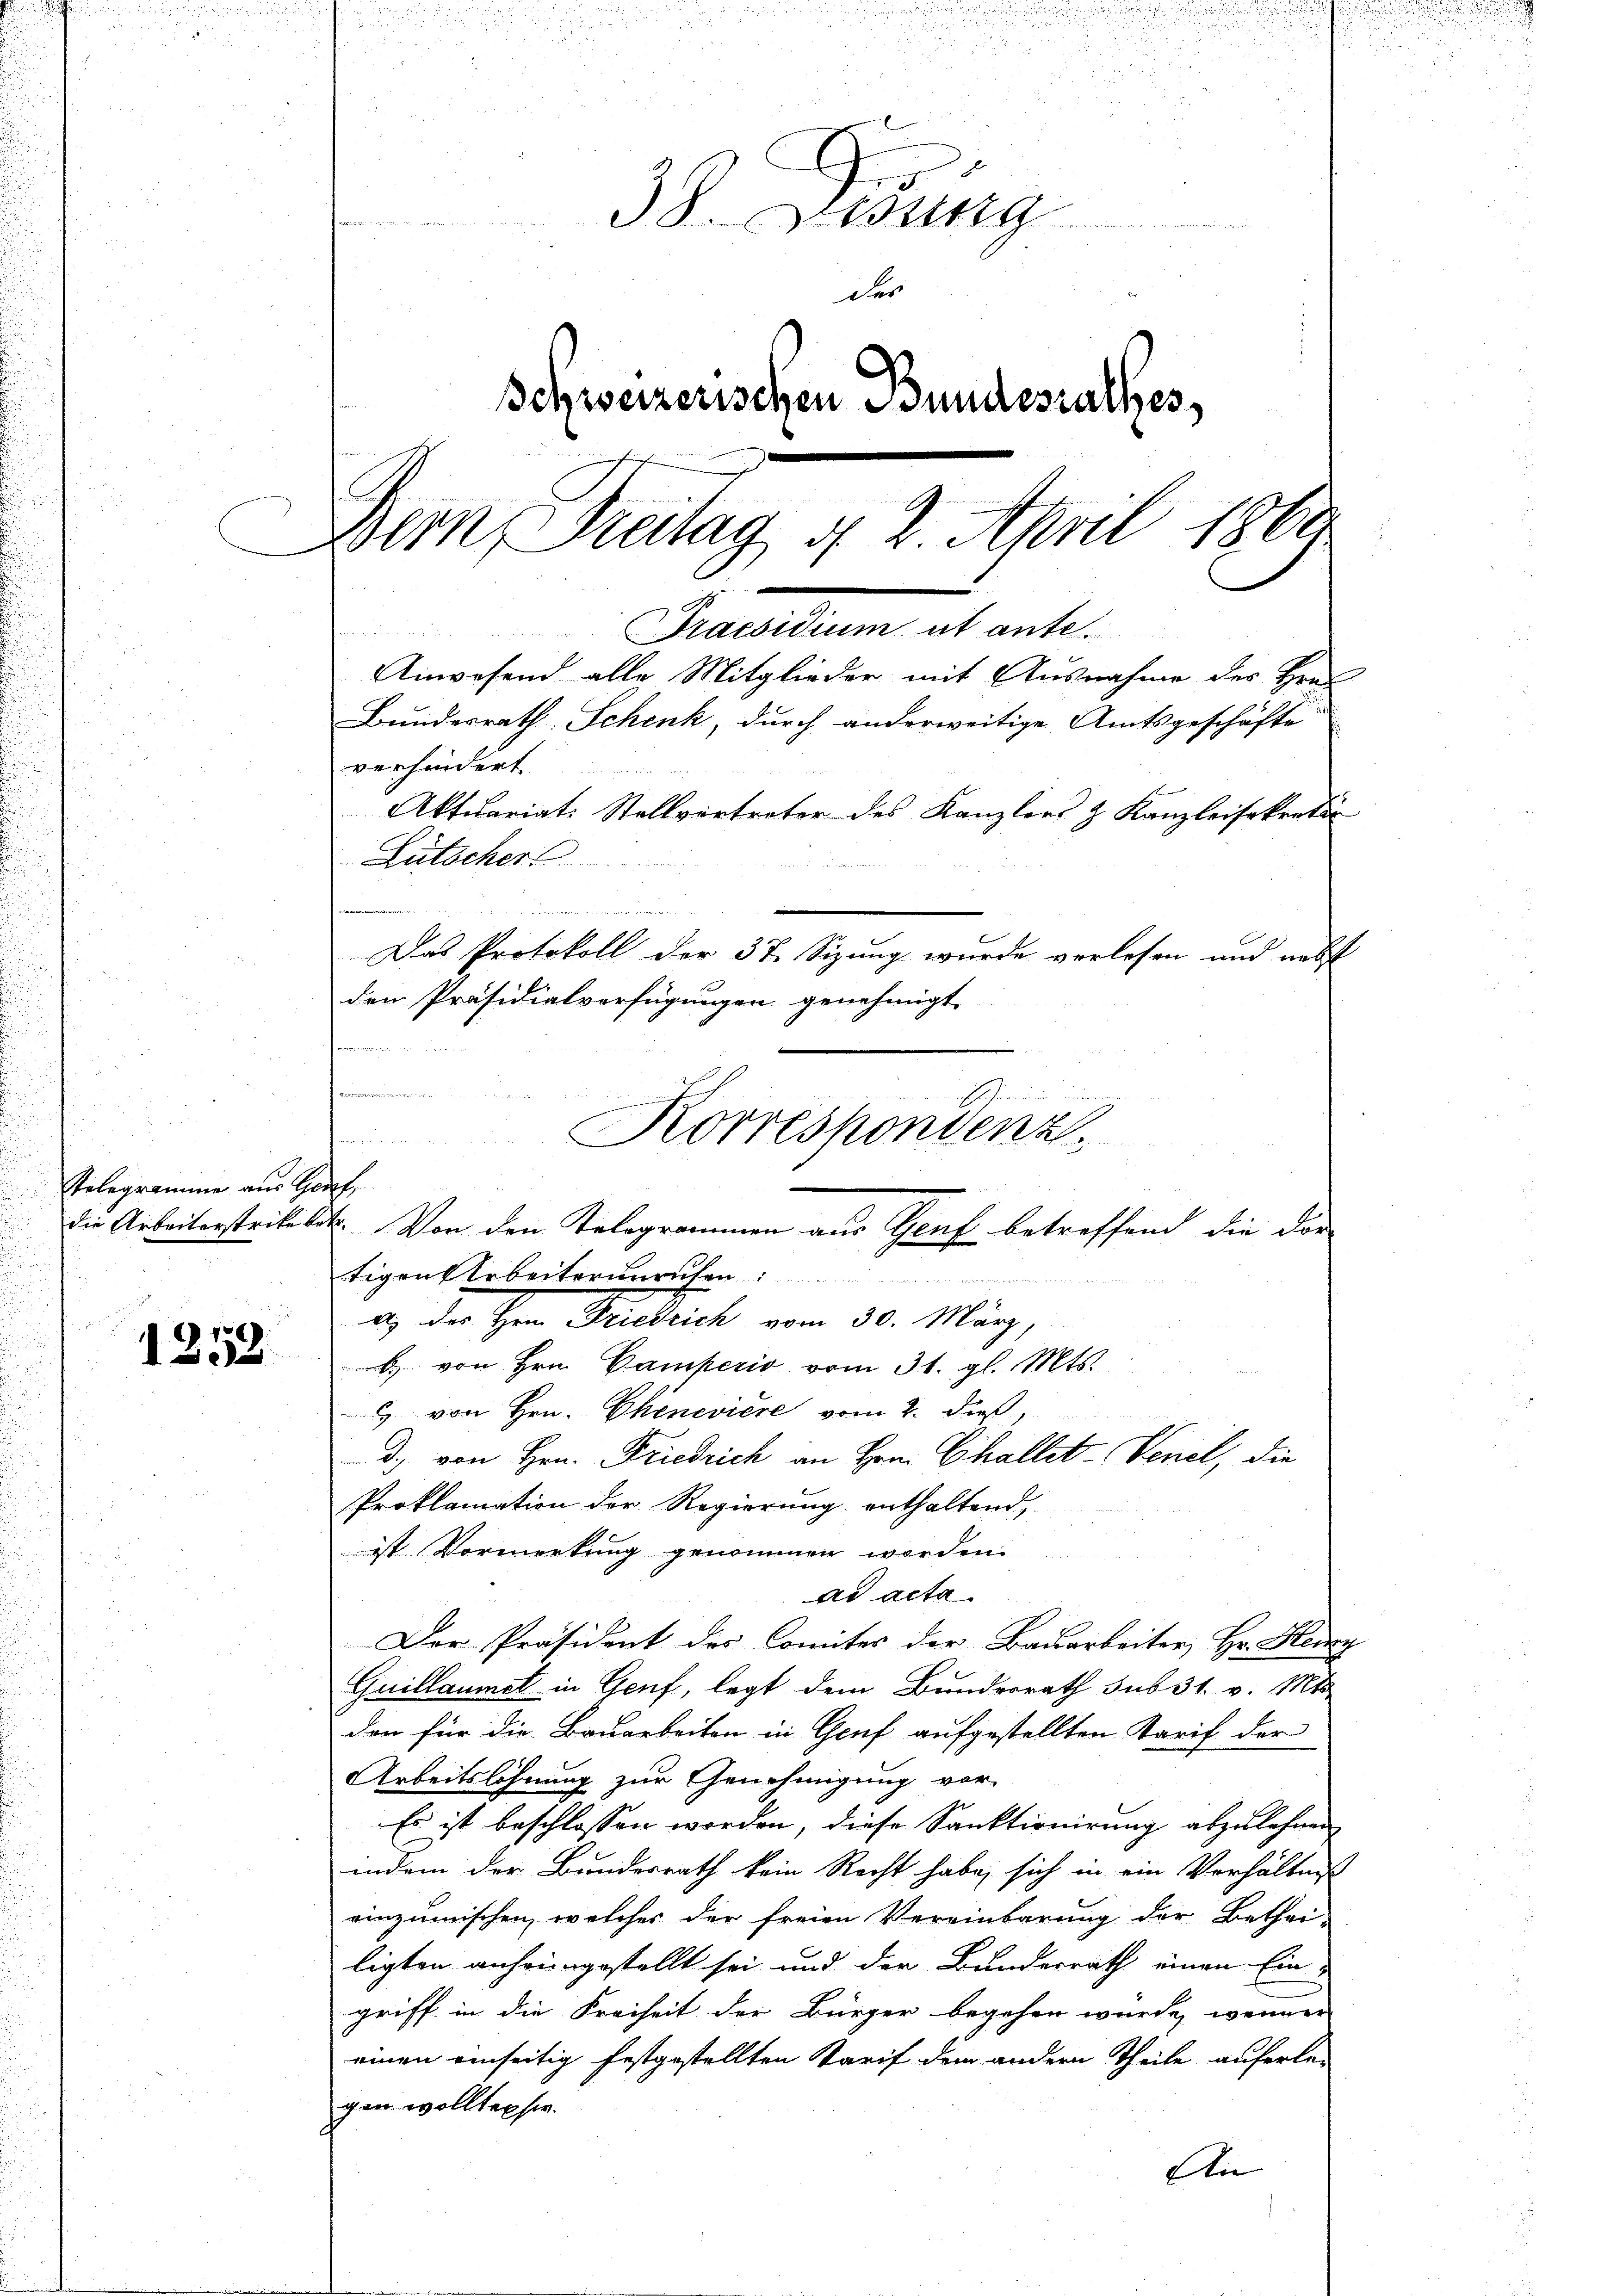
Telegramme aus Groch

1252

38. Sedung
der
Schweizerischen Bundesrathes,
Bern, Freitag d. 2. April 1864
.
Praesidium ut ante.

tigen Arbeiterunruhen
a) des Hrn. Friedrich vom 30. März,
B. von Hrn. Gamperio vom 31. gl. Mts.
 von Hrn. Chenevière vom 2. dieß,
d. von Hrn. Friedrich an Hrn. Challets-Venel, die
Proklamation der Regierung enthaltend,
ist Vormerkung genommen worden
ad acta
Der Präsident des Comites der Bauarbeiter, Hr. Heng
Guillaumet in Genf, legt dem Bundesrath sub 31. v. Mts.
den für die Bauarbeiten in Genf aufgestellten Tarif der
Arbeitslöhnung zur Genehmigung vor-
Es ist beschlossen worden, diese Sanktionirung abzulehnen
indem der Bundesrath kein Recht habe, sich in ein Verhältniß
einzumischen, welches der freien Vereinbarung der Bethei-
ligten auhrengestellt sei und der Bundesrath einen Ein
griff in die Freiheit der Bürger begehen würde, wenner
einen einseitig festgestellten Tarif dem andern Theile auferle-
gen wollten sie.
An

Bundesrath Schenk, durch anderweitige Amtsgeschäfte
verhindert
Aktuariat: Stellvertreter des Kanzlers & Kanzleisekretä
Lütscher

Anwesend alle Mitglieder mit Ausnahme des Hrn

in der einer
d
rimin
Korrespondenz.
taumann
die Arbeiterstrike lit. Von den Telegrammen aus Genf betreffend die dor

Das Protokoll der 37. Sizung wurde vorlesen und nebst
den Präsidialverfügungen genehmigt